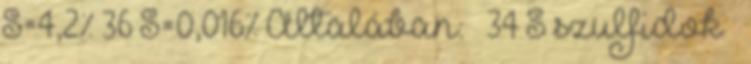
S=4,2% 36 S=0,016% Általában:  34 S szulfidok 